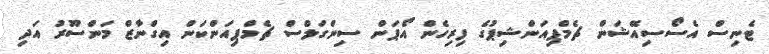
ޓެނިސް އެސޯސިއޭޝަން ޗެމްޕިއަންޝިޕުގެ ފިރިހެން އޯޕަން ސިންގަލްސް ޗެމްޕިއަންކަން އިގްނާޒް މަންސޫރު އަދި